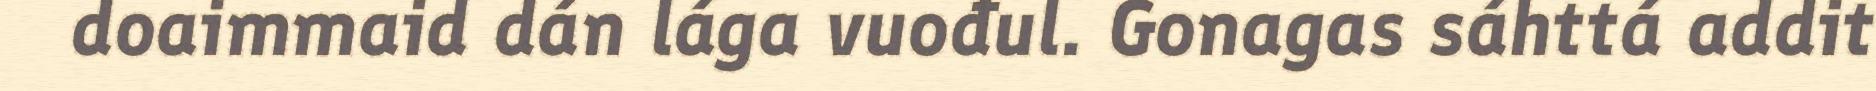
doaimmaid dán lága vuođul. Gonagas sáhttá addit